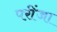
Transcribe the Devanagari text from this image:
परींजा